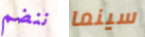
ننضم سينما